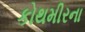
કોથમીરના